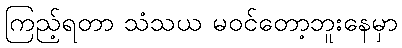
ကြည့်ရတာ သံသယ မဝင်တော့ဘူးနေမှာ